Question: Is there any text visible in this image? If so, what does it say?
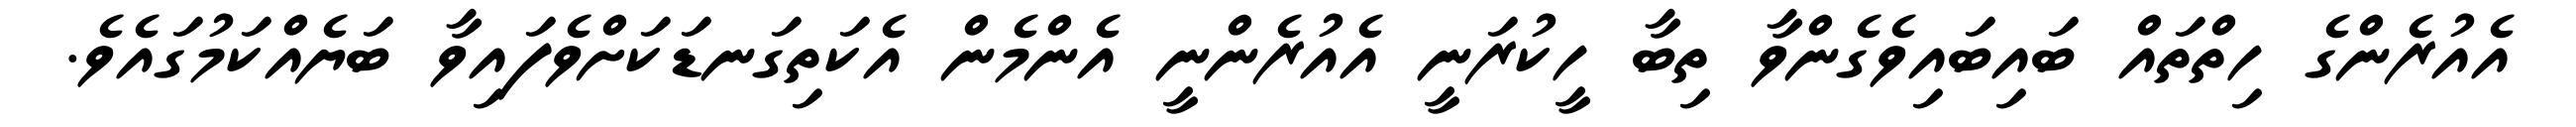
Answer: އެއުރެންގެ ހިތްތައް ބައިބައިވެގެންވާ ތިބާ ހީކުރަނީ އެއުރެންނީ އެންމެން އެކަތިގަނޑަކަށްވެފައިވާ ބަޔެއްކަމުގައެވެ.